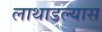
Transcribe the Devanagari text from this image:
लाथाडल्यास